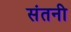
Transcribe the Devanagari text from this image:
संतनी